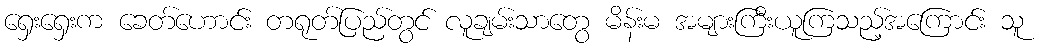
ရှေးရှေးက ခေတ်ဟောင်း တရုတ်ပြည်တွင် လူချမ်းသာတွေ မိန်းမ အများကြီးယူကြသည့်အကြောင်း သူ